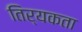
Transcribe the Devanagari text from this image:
तिर्यकता